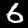
Digit: 6